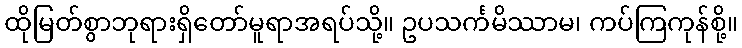
ထိုမြတ်စွာဘုရားရှိတော်မူရာအရပ်သို့။ ဥပသင်္ကမိဿာမ၊ ကပ်ကြကုန်စို့။